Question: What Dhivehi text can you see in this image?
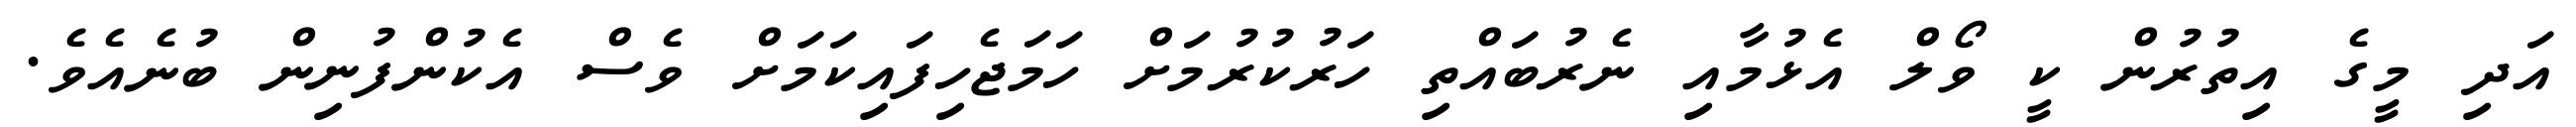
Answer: އަދި މީގެ އިތުރުން ކީ ވޯލް އެޅުމާއި ނެރުބައްތި ހަރުކުރުމަށް ހަމަޖެހިފައިކަމަށް ވެސް އެކުންފުނިން ބުނެއެވެ.